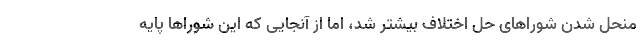
منحل شدن شوراهای حل اختلاف بیشتر شد، اما از آنجایی که این شوراها پایه